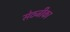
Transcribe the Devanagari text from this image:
सेठजीका